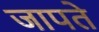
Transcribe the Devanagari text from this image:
जापते